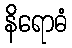
နိရောဓံ